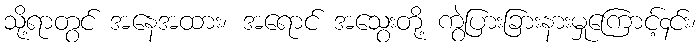
သို့ရာတွင် အနေအထား၊ အရောင် အသွေးတို့ ကွဲပြားခြားနားမှုကြောင့်၄င်း၊